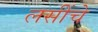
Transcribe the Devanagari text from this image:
लसींचे